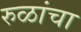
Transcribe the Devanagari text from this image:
रुळांचा